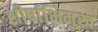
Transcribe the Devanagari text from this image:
शीर्षाभिमुख